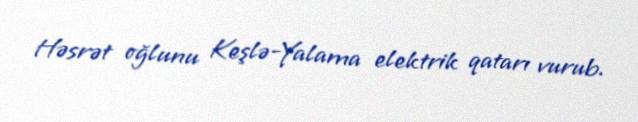
Həsrət oğlunu Keşlə-Yalama elektrik qatarı vurub.